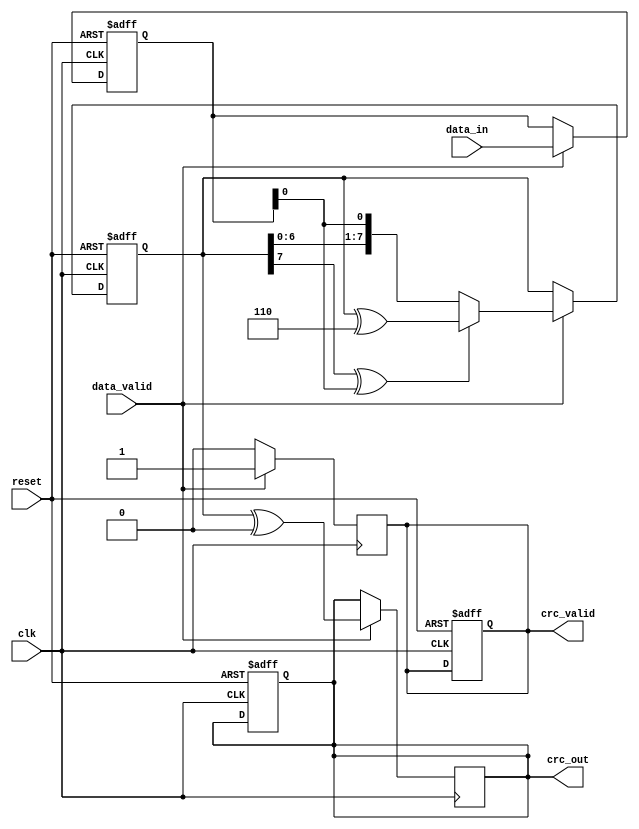
module parameterized_crc #(
    parameter integer CRC_WIDTH = 8,
    parameter integer POLYNOMIAL = 8'h07, // Example polynomial (x^8 + x^2 + x + 1)
    parameter integer INITIAL_VALUE = 8'h00,
    parameter integer FINAL_XOR_VALUE = 8'h00
)(
    input wire [7:0] data_in, // Assuming byte-wide input for data
    input wire data_valid,
    input wire reset,
    input wire clk,
    output reg [CRC_WIDTH-1:0] crc_out,
    output reg crc_valid
);

    // Internal CRC register
    reg [CRC_WIDTH-1:0] crc_reg;
    reg [7:0] data_shift; // Shift register for incoming data
    integer bit_count; // To track the number of bits processed

    // Polynomial masking
    wire [CRC_WIDTH-1:0] polynomial_mask = {POLYNOMIAL[CRC_WIDTH-1:1], 1'b0}; // Shift polynomial to align with CRC output
    
    // Reset and CRC calculation
    always @(posedge clk or posedge reset) begin
        if (reset) begin
            crc_reg <= INITIAL_VALUE;
            crc_out <= INITIAL_VALUE;
            crc_valid <= 1'b0;
            bit_count <= 0;
            data_shift <= 8'h00;
        end else if (data_valid) begin
            // Load incoming data into shift register
            data_shift <= data_in;
            // Process each bit of the data input
            for (bit_count = 0; bit_count < 8; bit_count = bit_count + 1) begin
                // Shift current CRC value
                crc_reg <= {crc_reg[CRC_WIDTH-2:0], data_shift[7-bit_count]};
                // Perform CRC calculation using polynomial
                if (crc_reg[CRC_WIDTH-1] ^ data_shift[7-bit_count]) begin
                    crc_reg <= crc_reg ^ polynomial_mask;
                end
            end
        end
    end
    
    // Final CRC output computation
    always @(posedge clk) begin
        if (data_valid) begin
            // Apply final XOR value
            crc_out <= crc_reg ^ FINAL_XOR_VALUE;
            crc_valid <= 1'b1; // Set CRC valid after calculation
        end else begin
            crc_valid <= 1'b0; // Clear valid signal if no data
        end
    end

endmodule